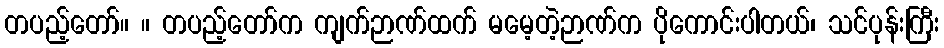
တပည့်တော်။ ။ တပည့်တော်က ကျက်ဉာဏ်ထက် မမေ့တဲ့ဉာဏ်က ပိုကောင်းပါတယ်၊ သင်ပုန်းကြီး